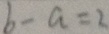
b - a = 2